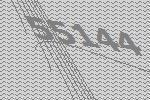
55144